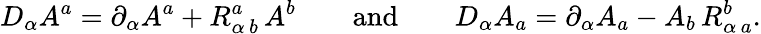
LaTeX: D_{\alpha}A^{a}=\partial_{\alpha}A^{a}+R_{\alpha\, b}^{a}\, A^{b}\qquad\mathrm{and}\qquad D_{\alpha}A_{a}=\partial_{\alpha}A_{a}-A_{b}\, R_{\alpha\, a}^{b}.